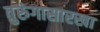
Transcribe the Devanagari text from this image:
तुरुंगासारखा